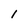
Character: i